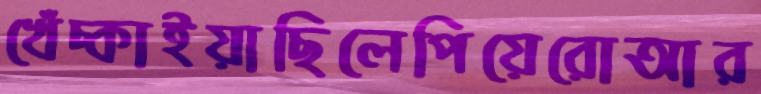
খেঁচ্‌কাইয়াছিলেপিয়েরোআর